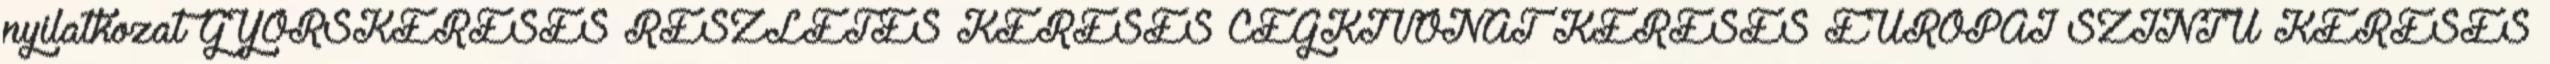
nyilatkozat GYORSKERESÉS RÉSZLETES KERESÉS CÉGKIVONAT KERESÉS EURÓPAI SZINTŰ KERESÉS